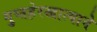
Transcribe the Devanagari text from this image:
गुप्तहेरखात्याने